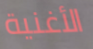
الأغنية